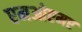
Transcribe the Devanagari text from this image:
एमओएमए